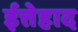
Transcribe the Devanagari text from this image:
ईत्तेहाद